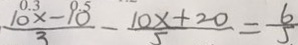
\frac { 1 0 x - 1 0 } { 3 } - \frac { 1 0 x + 2 0 } { 5 } = \frac { 6 } { 5 }